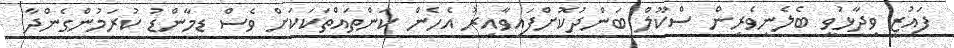
ފައުޒީ ވިދާޅުވީ ބެލެނިވެރިން ސްކޫލް ބަންދުކޮށްފައިވާއިރު އެހެން ކަންތައްތަކަކަށް ވެސް ޑިމާންޑު ކުރަމުންގެންދާ